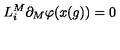
L _ { i } ^ { M } \partial _ { M } \varphi ( x ( g ) ) = 0